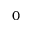
0